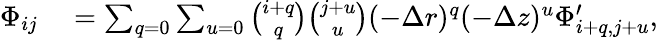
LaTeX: \begin{array}{rl}{\Phi_{ij}}&{{}=\sum_{q=0}\sum_{u=0}\binom{i+q}{q}\binom{j+u}{u}(-\Delta r)^{q}(-\Delta z)^{u}\Phi_{i+q,j+u}^{\prime},}\end{array}